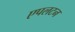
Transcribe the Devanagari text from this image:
एपलटन